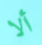
ألا